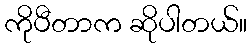
ကိုပီတာက ဆိုပါတယ်။